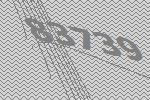
83739